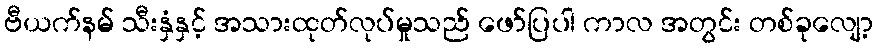
ဗီယက်နမ် သီးနှံနှင့် အသားထုတ်လုပ်မှုသည် ဖော်ပြပါ ကာလ အတွင်း တစ်ခုလျော့